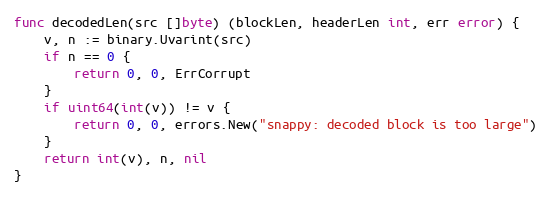
Language: Go
func decodedLen(src []byte) (blockLen, headerLen int, err error) {
	v, n := binary.Uvarint(src)
	if n == 0 {
		return 0, 0, ErrCorrupt
	}
	if uint64(int(v)) != v {
		return 0, 0, errors.New("snappy: decoded block is too large")
	}
	return int(v), n, nil
}